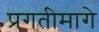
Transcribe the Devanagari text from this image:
प्रगतीमागे